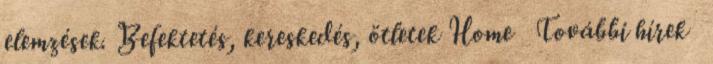
elemzések. Befektetés, kereskedés, ötletek Home További hírek